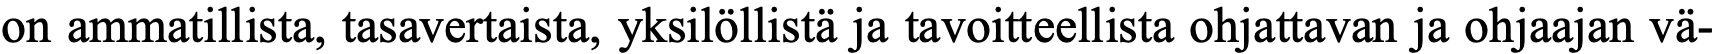
on ammatillista, tasavertaista, yksilöllistä ja tavoitteellista ohjattavan ja ohjaajan vä-